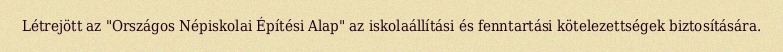
Létrejött az "Országos Népiskolai Építési Alap" az iskolaállítási és fenntartási kötelezettségek biztosítására.